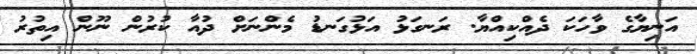
އަނިޔާގެ ވާހަކަ ދެއްކިއްޔާ. ރަނގަޅު އަޅުގަނޑު މެންނަށް ދުއާ ކުރުން ނޫން އިތުރު